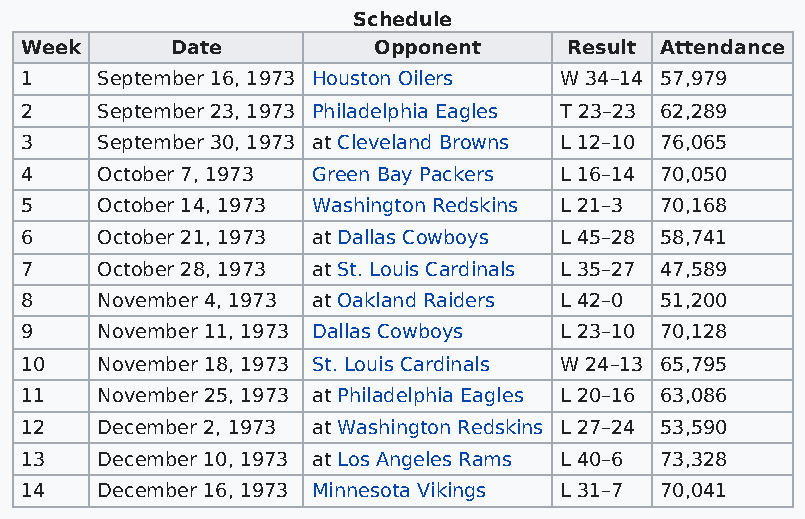
Schedule
 Week      Date          Opponent     Result Attendance
 1    September 16, 1973 Houston Oilers W 34–14 57,979
 2    September 23, 1973 Philadelphia Eagles T 23–23 62,289
 3    September 30, 1973 at Cleveland Browns L 12–10 76,065
 4    October 7, 1973 Green Bay Packers L 16–14 70,050
 5    October 14, 1973 Washington Redskins L 21–3 70,168
 6    October 21, 1973 at Dallas Cowboys L 45–28 58,741
 7    October 28, 1973 at St. Louis Cardinals L 35–27 47,589
 8    November 4, 1973 at Oakland Raiders L 42–0 51,200
 9    November 11, 1973 Dallas Cowboys L 23–10 70,128
 10   November 18, 1973 St. Louis Cardinals W 24–13 65,795
 11   November 25, 1973 at Philadelphia Eagles L 20–16 63,086
 12   December 2, 1973 at Washington Redskins L 27–24 53,590
 13   December 10, 1973 at Los Angeles Rams L 40–6 73,328
 14   December 16, 1973 Minnesota Vikings L 31–7 70,041